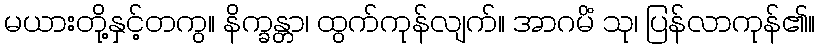
မယားတို့နှင့်တကွ။ နိက္ခန္တာ၊ ထွက်ကုန်လျက်။ အာဂမိံ သု၊ ပြန်လာကုန်၏။